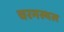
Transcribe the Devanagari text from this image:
चरमस्थल